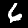
Digit: 6